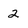
Character: 2